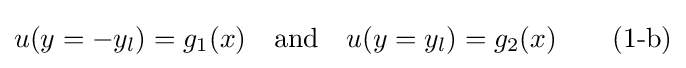
u(y=-y_{l})=g_{1}(x)\quad {\text{and}}\quad u(y=y_{l})=g_{2}(x)\qquad {\text{(1-b)}}